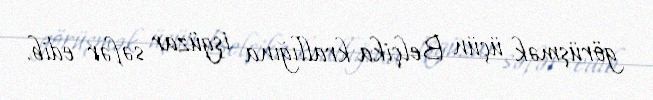
görüşmək üçün Belçika krallığına işgüzar səfər edib.